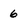
Character: 6